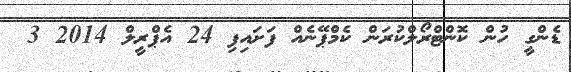
ޑެންގީ ހުން ކޮންޓްރޯލްކުރަން ކެމްޕޭނެއް ފަށައިފި 24 އެޕްރީލް 2014 3